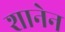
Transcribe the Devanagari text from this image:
शानेन